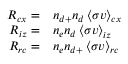
\begin{array} { r l } { R _ { c x } = } & { { } n _ { d + } n _ { d } \left< \sigma v \right> _ { c x } } \\ { R _ { i z } = } & { { } n _ { e } n _ { d } \left< \sigma v \right> _ { i z } } \\ { R _ { r c } = } & { { } n _ { e } n _ { d + } \left< \sigma v \right> _ { r c } } \end{array}